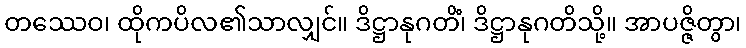
တဿေဝ၊ ထိုကပိလ၏သာလျှင်။ ဒိဋ္ဌာနုဂတိံ၊ ဒိဋ္ဌာနုဂတိသို့။ အာပဇ္ဇိတွာ၊